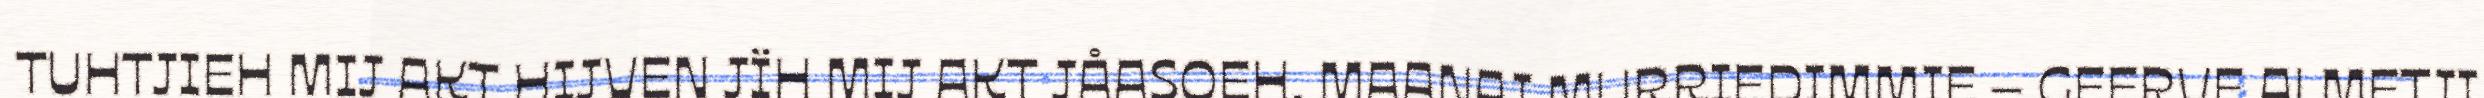
TUHTJIEH MIJ AKT HIJVEN JÏH MIJ AKT JÅASOEH. MAANAJ MURRIEDIMMIE – GEERVE ALMETJI